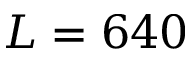
L = 6 4 0